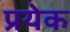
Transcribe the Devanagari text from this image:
प्रयेक